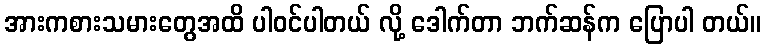
အားကစားသမားတွေအထိ ပါဝင်ပါတယ် လို့ ဒေါက်တာ ဘက်ဆန်က ပြောပါ တယ်။